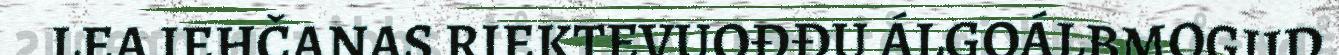
LEA IEHČANAS RIEKTEVUOĐĐU ÁLGOÁLBMOGIID